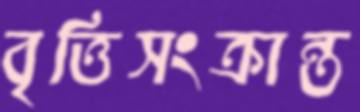
বৃত্তিসংক্রান্ত